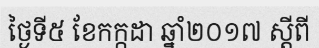
ថ្ងៃទី៥ ខែកក្កដា ឆ្នាំ២០១៧ ស្តីពី